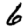
Digit: 6